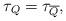
LaTeX: \begin{align*}{\tau}_{Q}={\tau}_{\overline{Q}},\ \ \ \end{align*}